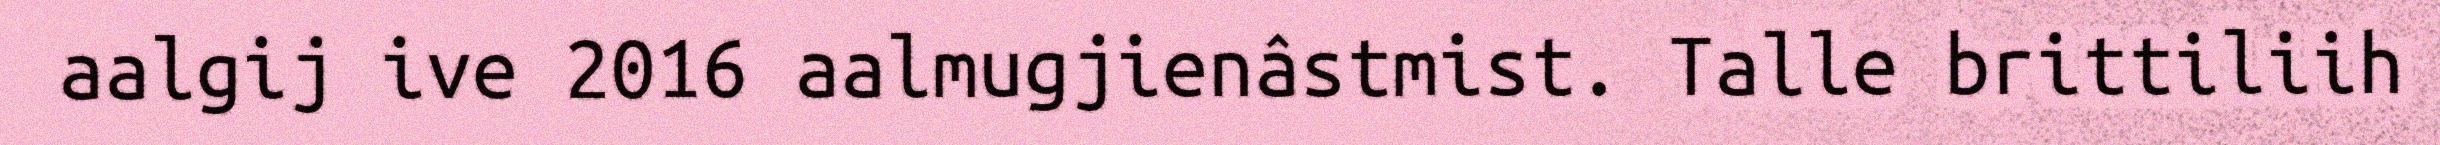
aalgij ive 2016 aalmugjienâstmist. Talle brittiliih